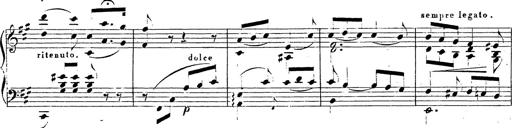
Title: Chanson bohÃ©mienne
Composer: Franz Liszt